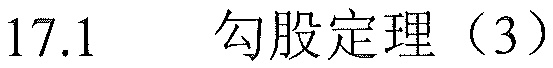
\(17.1\quad\)勾股定理（3）